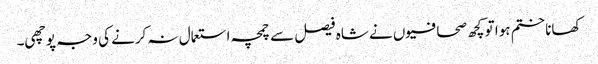
کھانا ختم ہوا تو کچھ صحافیوں نے شاہ فیصل سے چمچہ استعمال نہ کرنے کی وجہ پوچھی۔